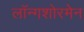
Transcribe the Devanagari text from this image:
लॉन्गशोरमेन